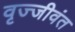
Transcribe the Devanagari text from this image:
वृज्जीवंत